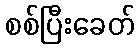
စစ်ပြီးခေတ်